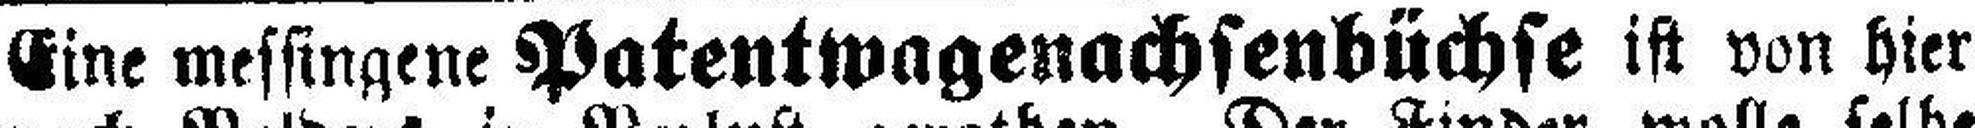
Eine messingene Patentwagenachsenbüchse ist von hier